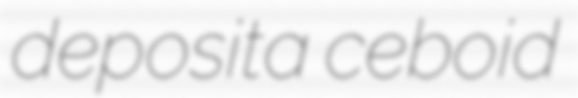
deposita ceboid